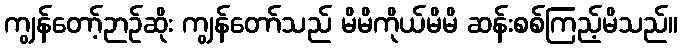
ကျွန်တော့်ဉာဉ်ဆိုး ကျွန်တော်သည် မိမိကိုယ်မိမိ ဆန်းစစ်ကြည့်မိသည်။